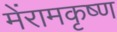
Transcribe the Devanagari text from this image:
मेंरामकृष्ण